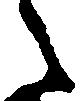
々